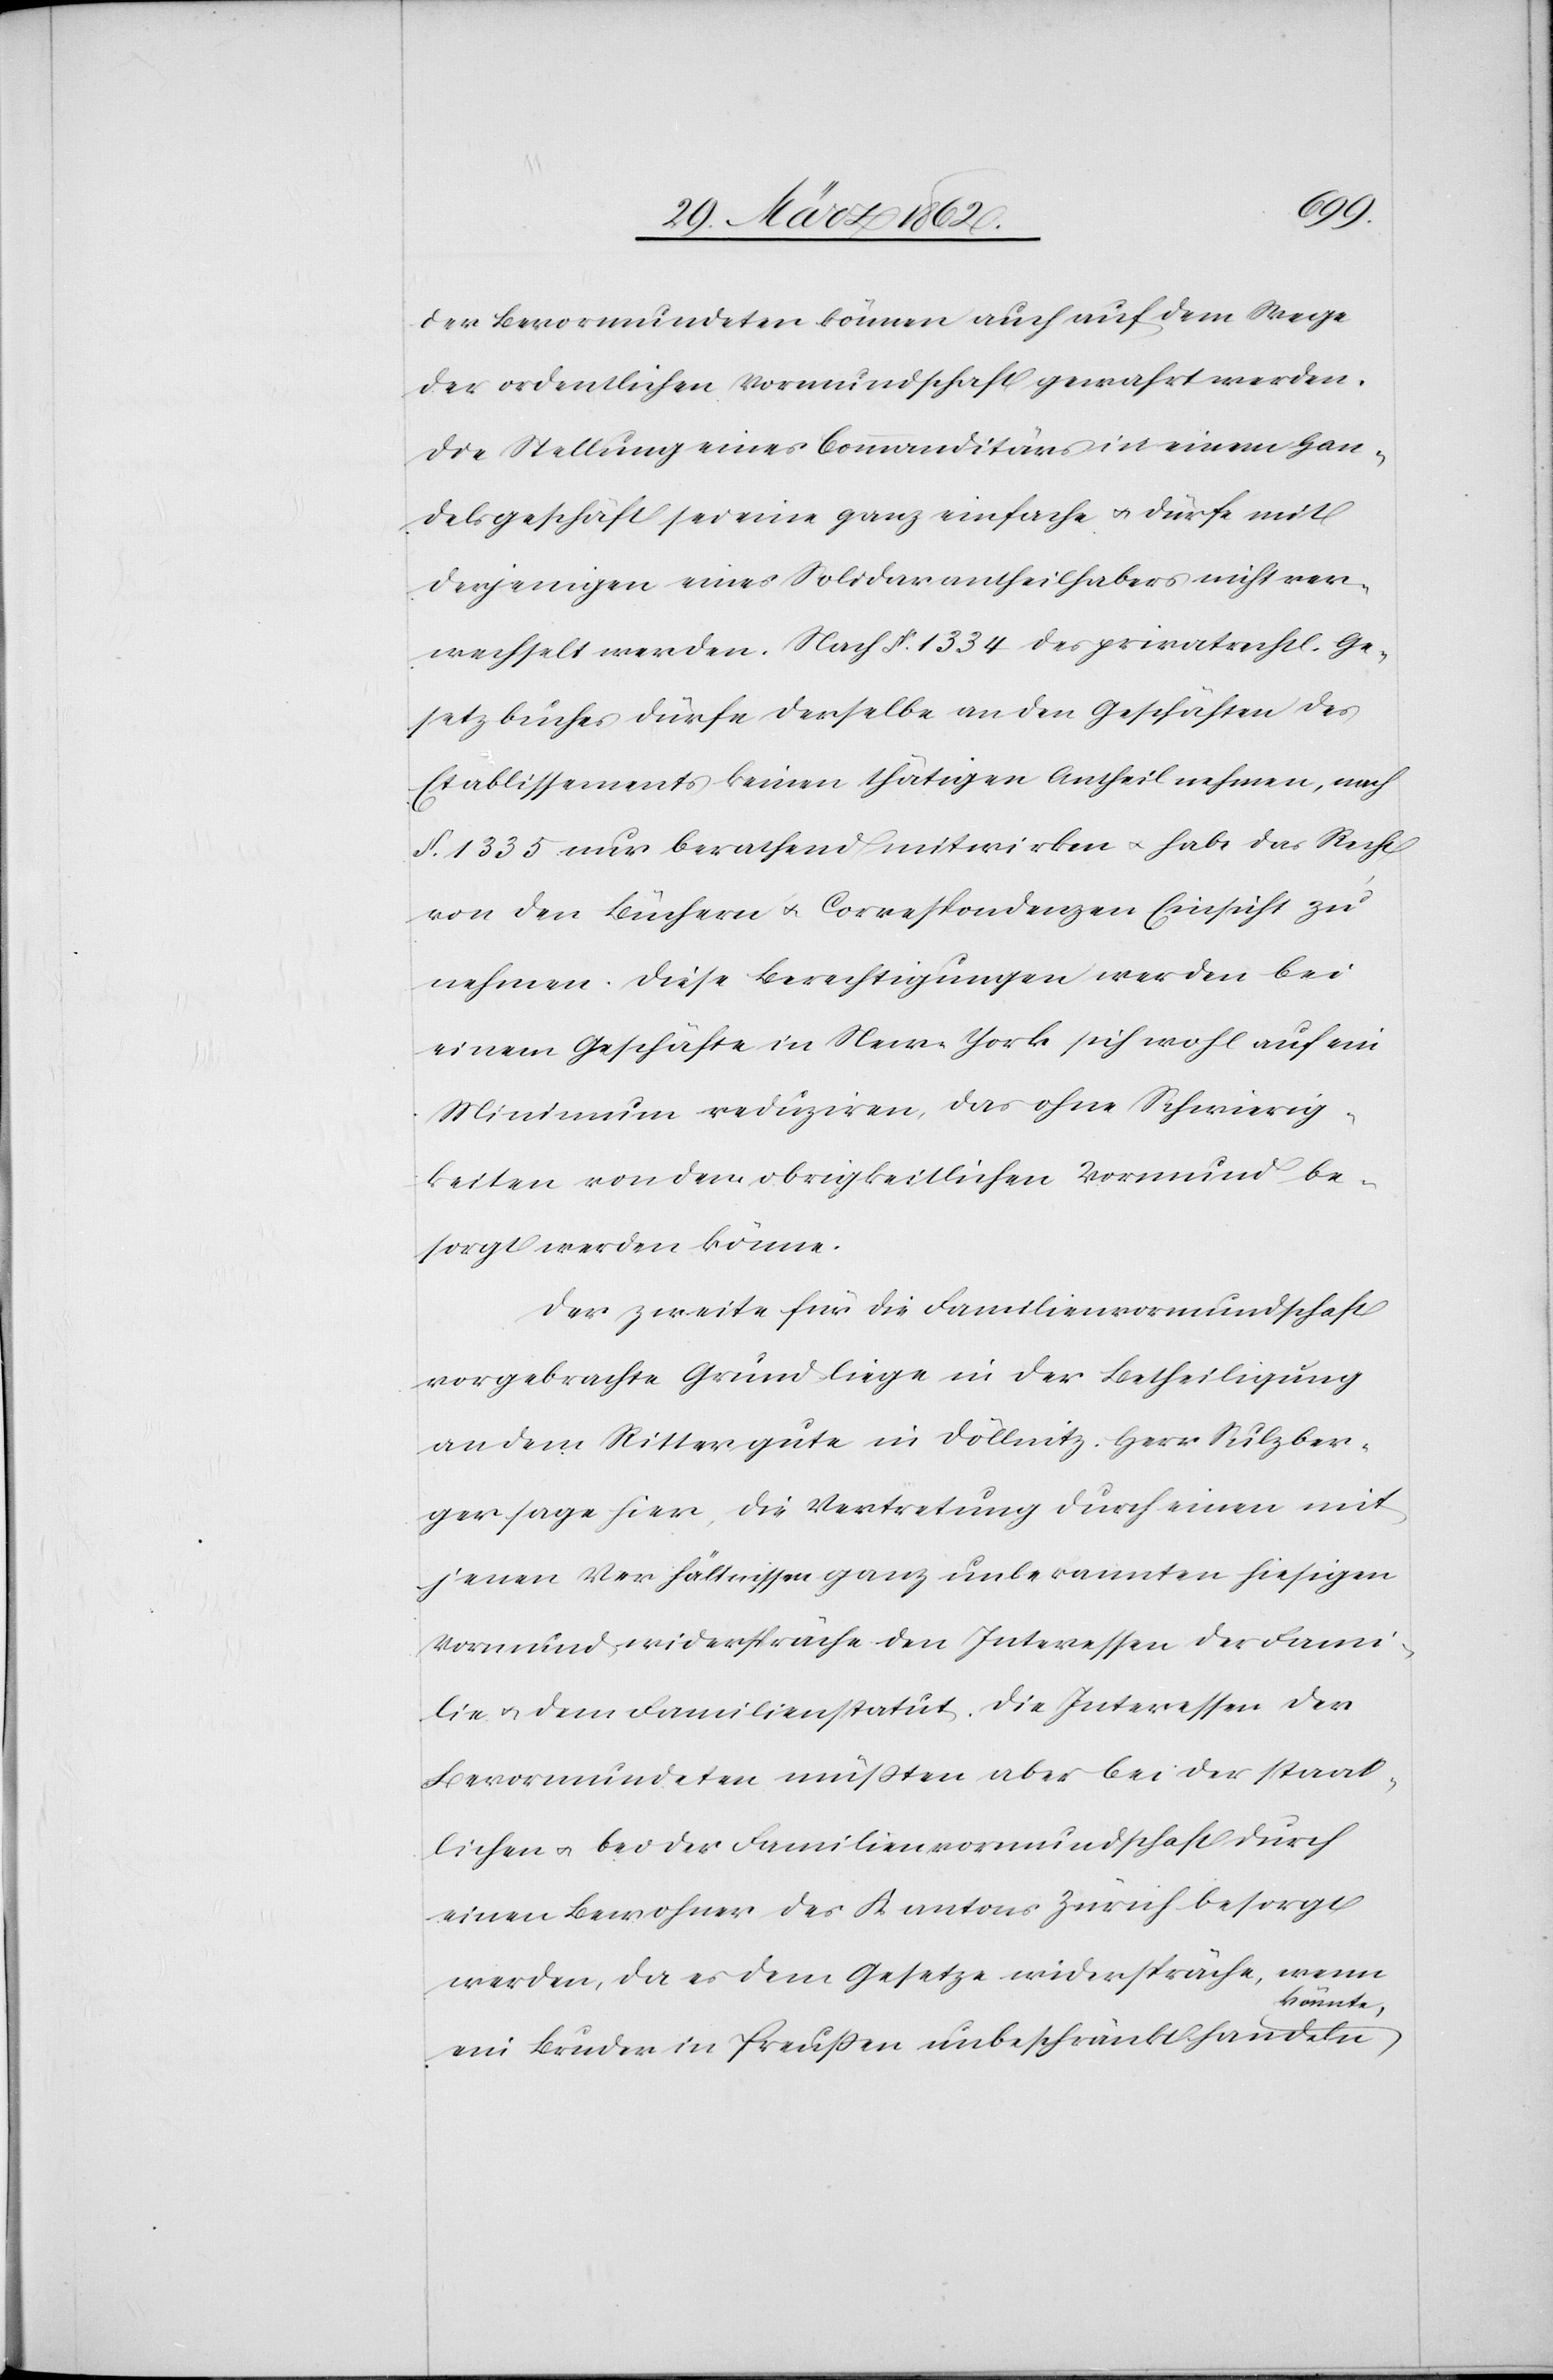
der Bevormundeten können auch auf dem Wege
der ordentlichen Vormundschaft gewahrt werden.
Die Stellung eines Commanditärs in einem Han¬
delsgeschäft sei eine ganz einfache u. dürfe mit
derjenigen eines Solidarantheilhabers nicht ver¬
wechselt werden. Nach §. 1334 des privatrechtl. Ge¬
setzbuches dürfe derselbe an den Geschäften des
Etablissements keinen thätigen Antheil nehmen, nach
§. 1335 nur berathend mitwirken u. habe das Recht
von den Büchern u. Correspondenzen Einsicht zu
nehmen. Diese Berechtigungen werden bei
einem Geschäfte in New-York sich wohl auf ein
Minimum reduziren, das ohne Schwierig¬
keiten von dem obrigkeitlichen Vormund be¬
sorgt werden könne.
Der zweite für die Familienvormundschaft
vorgebrachte Grund liege in der Betheiligung
an dem Rittergute in Döllnitz. Herr Sulzber¬
ger sage hier, die Vertretung durch einen mit
jenen Verhältnissen ganz unbekannten hiesigen
Vormund, widerspräche den Interessen der B¬
evormundeten[,] müßten aber bei der staat¬
lichen u. bei der Familienvormundschaft durch
einen Bewohner des Kantons Zürich besorgt
werden, da es dem Gesetze widerspräche, wenn
ein Bruder in Preußen unbeschränkt handeln